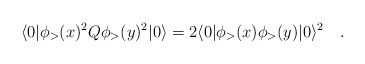
\begin{align*}\langle 0|\phi_>(x)^2Q\phi_>(y)^2|0\rangle= 2\langle 0|\phi_>(x)\phi_>(y)|0\rangle^2\quad.\end{align*}